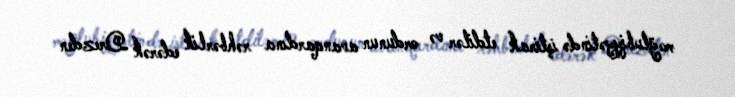
məğlubiyyətində iştirak etdilər və ordunun avanqardına rəhbərlik edərək Drezden